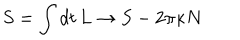
S = \int d t \, L \rightarrow S - 2 \pi \kappa N